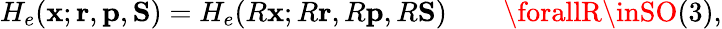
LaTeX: H_{e}(\mathbf{x};{\mathbf{{r}}},{\mathbf{{p}}},{\mathbf{{S}}})=H_{e}(R\mathbf{x};R{\mathbf{{r}}},R{\mathbf{{p}}},R{\mathbf{{S}}})\qquad\forallR\inSO(3),